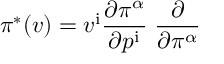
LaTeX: \pi ^ { * } ( v ) = v ^ { \mathrm { i } } { \frac { \partial \pi ^ { \alpha } } { \partial p ^ { \mathrm { i } } } } \; { \frac { \partial } { \partial \pi ^ { \alpha } } }